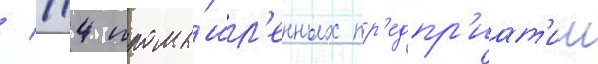
/ 114 промы́шл'енных пр'едпр'иат'ии